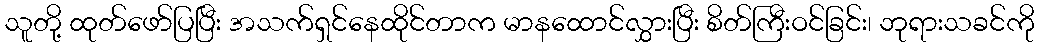
သူတို့ ထုတ်ဖော်ပြပြီး အသက်ရှင်နေထိုင်တာက မာနထောင်လွှားပြီး စိတ်ကြီးဝင်ခြင်း၊ ဘုရားသခင်ကို